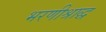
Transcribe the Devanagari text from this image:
भरणीश्राद्ध